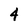
Character: 4